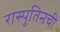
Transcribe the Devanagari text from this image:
रास्पुतिनची